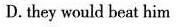
D.they would beat him